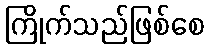
ကြိုက်သည်ဖြစ်စေ